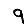
Digit: 9